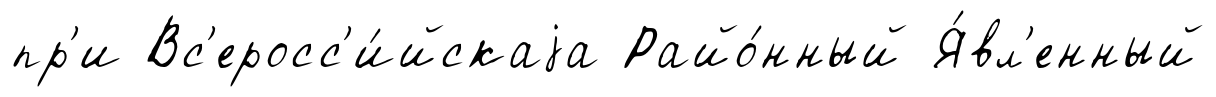
пр'и Вс'еросс'и́йскаjа Райо́нный Я́вл'енный